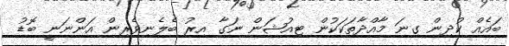
ބައެއް ކުދިން ގިނަ މާއްދާތަކަކުން ޓިއުޝަން ނަގާ އިރު ބެލެނިވެރިން އަންނަނީ ބޮޑު